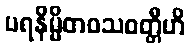
ပရနိမ္မိတဝသဝတ္တီဟိ